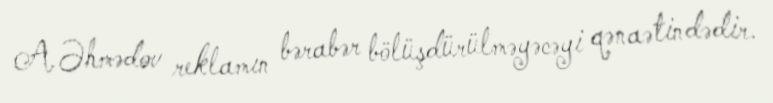
A.Əhmədov reklamın bərabər bölüşdürülməyəcəyi qənaətindədir.